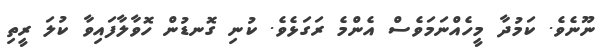
ނޫނެވެ. ކަމުދާ މީހެއްނަމަވެސް އެންމެ ރަގަޅެވެ. ކުނި ގޮނޑުން ހޮވާލާފައިވާ ކުލަ ރީތި